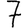
Digit: 7